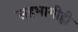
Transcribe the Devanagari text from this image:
सहभागीही